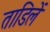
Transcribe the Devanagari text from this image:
ताडिलें